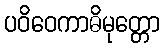
ပဝိဝေကာဓိမုတ္တော